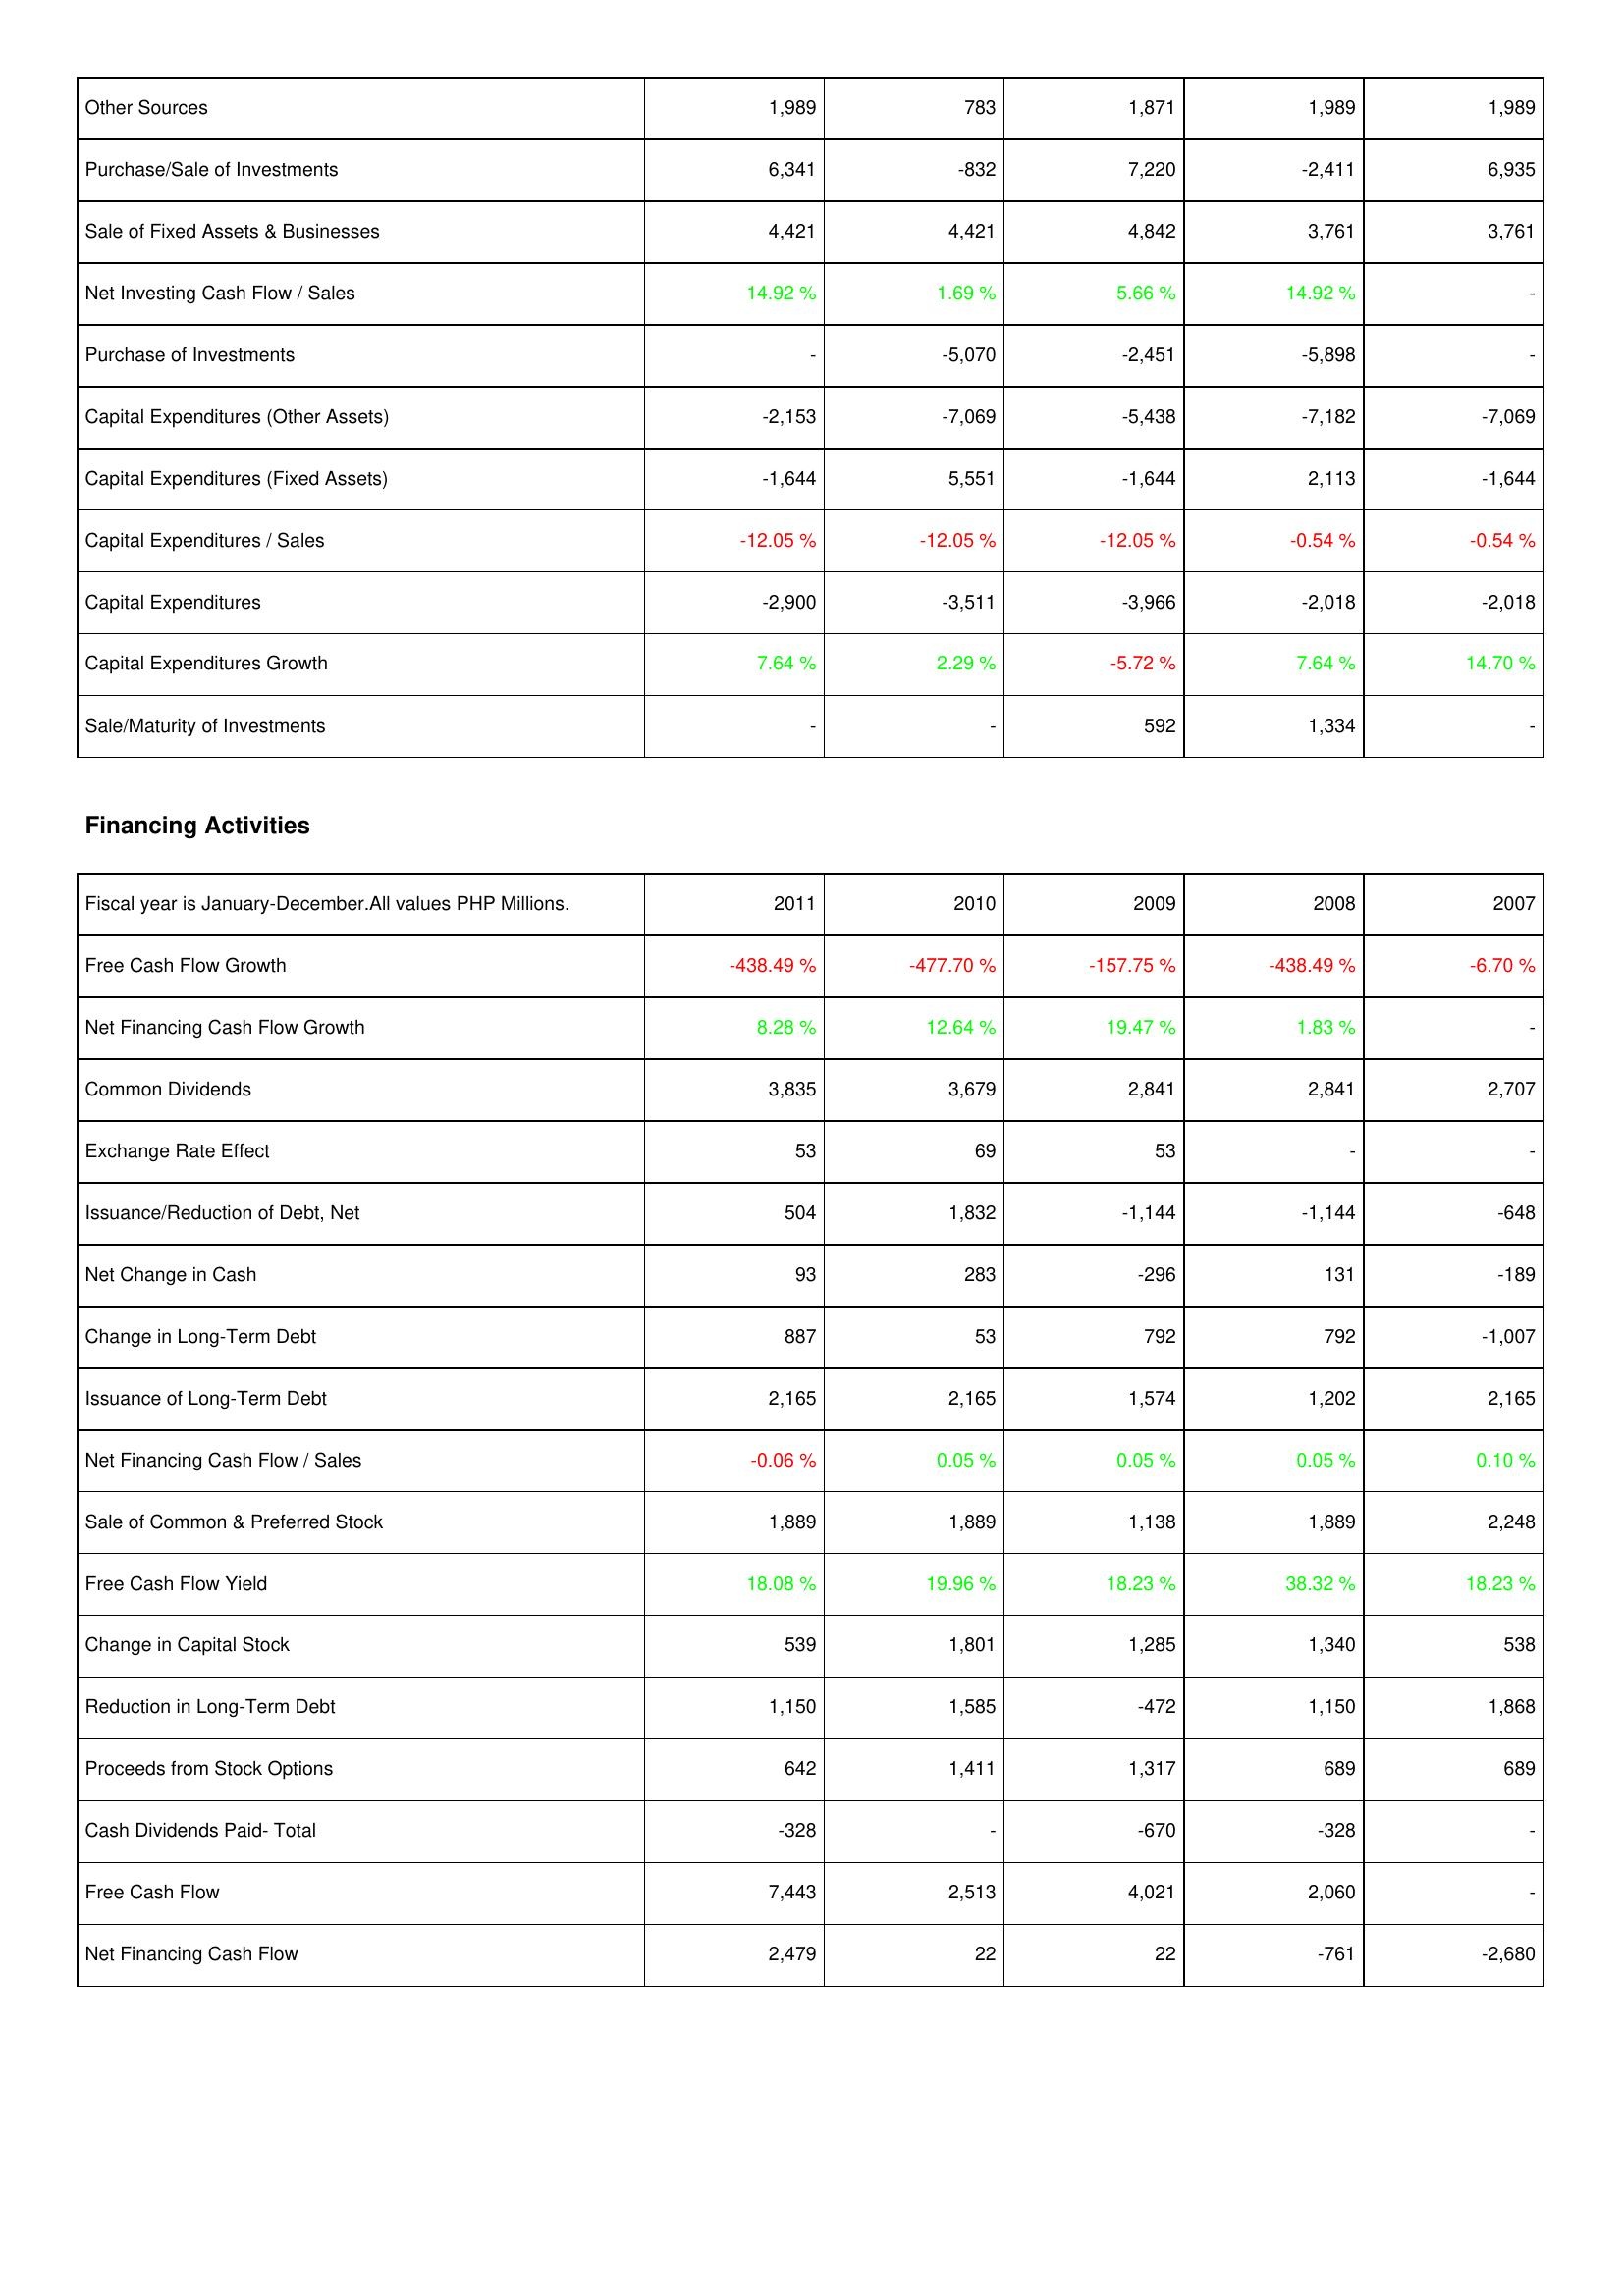
2011: Investing Activities: Other Sources: 1,989
Purchase/Sale of Investments: 6,341
Sale of Fixed Assets & Businesses: 4,421
Net Investing Cash Flow / Sales: 14.92 %
Purchase of Investments: -
Capital Expenditures (Other Assets): -2,153
Capital Expenditures (Fixed Assets): -1,644
Capital Expenditures / Sales: -12.05 %
Capital Expenditures: -2,900
Capital Expenditures Growth: 7.64 %
Sale/Maturity of Investments: -
Financing Activities: Free Cash Flow Growth: -438.49 %
Net Financing Cash Flow Growth: 8.28 %
Common Dividends: 3,835
Exchange Rate Effect: 53
Issuance/Reduction of Debt, Net: 504
Net Change in Cash: 93
Change in Long-Term Debt: 887
Issuance of Long-Term Debt: 2,165
Net Financing Cash Flow / Sales: -0.06 %
Sale of Common & Preferred Stock: 1,889
Free Cash Flow Yield: 18.08 %
Change in Capital Stock: 539
Reduction in Long-Term Debt: 1,150
Proceeds from Stock Options: 642
Cash Dividends Paid- Total: -328
Free Cash Flow: 7,443
Net Financing Cash Flow: 2,479
2010: Investing Activities: Other Sources: 783
Purchase/Sale of Investments: -832
Sale of Fixed Assets & Businesses: 4,421
Net Investing Cash Flow / Sales: 1.69 %
Purchase of Investments: -5,070
Capital Expenditures (Other Assets): -7,069
Capital Expenditures (Fixed Assets): 5,551
Capital Expenditures / Sales: -12.05 %
Capital Expenditures: -3,511
Capital Expenditures Growth: 2.29 %
Sale/Maturity of Investments: -
Financing Activities: Free Cash Flow Growth: -477.70 %
Net Financing Cash Flow Growth: 12.64 %
Common Dividends: 3,679
Exchange Rate Effect: 69
Issuance/Reduction of Debt, Net: 1,832
Net Change in Cash: 283
Change in Long-Term Debt: 53
Issuance of Long-Term Debt: 2,165
Net Financing Cash Flow / Sales: 0.05 %
Sale of Common & Preferred Stock: 1,889
Free Cash Flow Yield: 19.96 %
Change in Capital Stock: 1,801
Reduction in Long-Term Debt: 1,585
Proceeds from Stock Options: 1,411
Cash Dividends Paid- Total: -
Free Cash Flow: 2,513
Net Financing Cash Flow: 22
2009: Investing Activities: Other Sources: 1,871
Purchase/Sale of Investments: 7,220
Sale of Fixed Assets & Businesses: 4,842
Net Investing Cash Flow / Sales: 5.66 %
Purchase of Investments: -2,451
Capital Expenditures (Other Assets): -5,438
Capital Expenditures (Fixed Assets): -1,644
Capital Expenditures / Sales: -12.05 %
Capital Expenditures: -3,966
Capital Expenditures Growth: -5.72 %
Sale/Maturity of Investments: 592
Financing Activities: Free Cash Flow Growth: -157.75 %
Net Financing Cash Flow Growth: 19.47 %
Common Dividends: 2,841
Exchange Rate Effect: 53
Issuance/Reduction of Debt, Net: -1,144
Net Change in Cash: -296
Change in Long-Term Debt: 792
Issuance of Long-Term Debt: 1,574
Net Financing Cash Flow / Sales: 0.05 %
Sale of Common & Preferred Stock: 1,138
Free Cash Flow Yield: 18.23 %
Change in Capital Stock: 1,285
Reduction in Long-Term Debt: -472
Proceeds from Stock Options: 1,317
Cash Dividends Paid- Total: -670
Free Cash Flow: 4,021
Net Financing Cash Flow: 22
2008: Investing Activities: Other Sources: 1,989
Purchase/Sale of Investments: -2,411
Sale of Fixed Assets & Businesses: 3,761
Net Investing Cash Flow / Sales: 14.92 %
Purchase of Investments: -5,898
Capital Expenditures (Other Assets): -7,182
Capital Expenditures (Fixed Assets): 2,113
Capital Expenditures / Sales: -0.54 %
Capital Expenditures: -2,018
Capital Expenditures Growth: 7.64 %
Sale/Maturity of Investments: 1,334
Financing Activities: Free Cash Flow Growth: -438.49 %
Net Financing Cash Flow Growth: 1.83 %
Common Dividends: 2,841
Exchange Rate Effect: -
Issuance/Reduction of Debt, Net: -1,144
Net Change in Cash: 131
Change in Long-Term Debt: 792
Issuance of Long-Term Debt: 1,202
Net Financing Cash Flow / Sales: 0.05 %
Sale of Common & Preferred Stock: 1,889
Free Cash Flow Yield: 38.32 %
Change in Capital Stock: 1,340
Reduction in Long-Term Debt: 1,150
Proceeds from Stock Options: 689
Cash Dividends Paid- Total: -328
Free Cash Flow: 2,060
Net Financing Cash Flow: -761
2007: Investing Activities: Other Sources: 1,989
Purchase/Sale of Investments: 6,935
Sale of Fixed Assets & Businesses: 3,761
Net Investing Cash Flow / Sales: -
Purchase of Investments: -
Capital Expenditures (Other Assets): -7,069
Capital Expenditures (Fixed Assets): -1,644
Capital Expenditures / Sales: -0.54 %
Capital Expenditures: -2,018
Capital Expenditures Growth: 14.70 %
Sale/Maturity of Investments: -
Financing Activities: Free Cash Flow Growth: -6.70 %
Net Financing Cash Flow Growth: -
Common Dividends: 2,707
Exchange Rate Effect: -
Issuance/Reduction of Debt, Net: -648
Net Change in Cash: -189
Change in Long-Term Debt: -1,007
Issuance of Long-Term Debt: 2,165
Net Financing Cash Flow / Sales: 0.10 %
Sale of Common & Preferred Stock: 2,248
Free Cash Flow Yield: 18.23 %
Change in Capital Stock: 538
Reduction in Long-Term Debt: 1,868
Proceeds from Stock Options: 689
Cash Dividends Paid- Total: -
Free Cash Flow: -
Net Financing Cash Flow: -2,680